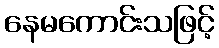
နေမကောင်းသဖြင့်